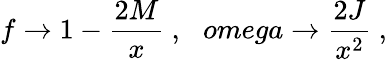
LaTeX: f\rightarrow 1-\frac{2M}{x}\ ,\ \ \, omega\rightarrow\frac{2J}{x^{2}}\ ,